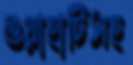
গুয়াহাটিসহ